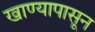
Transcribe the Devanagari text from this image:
खाण्यापासून